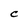
Character: C